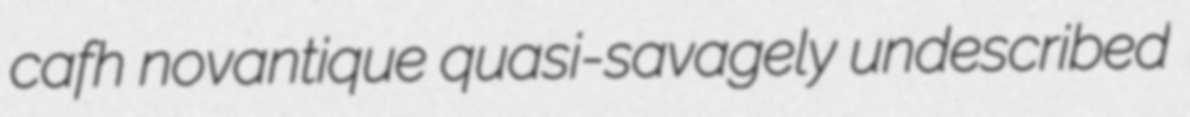
cafh novantique quasi-savagely undescribed